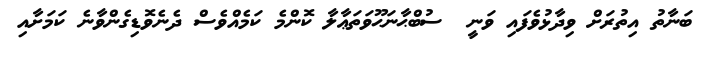
ބަނާތު އިތުރަށް ވިދާޅުވެފައި ވަނީ  ސުބްޙާނަޙޫވަތަޢާލާ ކޮންމެ ކަމެއްވެސް ދެނެވޮޑިގެންވާނެ ކަމަށާއި